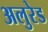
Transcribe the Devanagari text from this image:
अलुरेड